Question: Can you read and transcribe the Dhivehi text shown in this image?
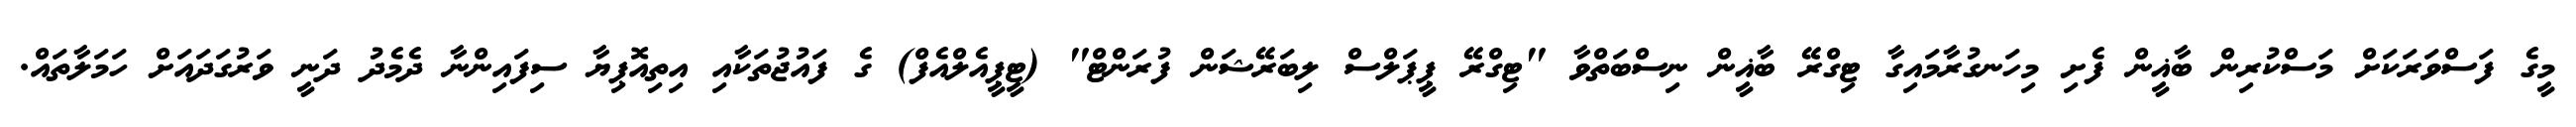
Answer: މީގެ ފަސްވަރަކަށް މަސްކުރިން ބާޣީން ފެށި މިހަނގުރާމައިގާ ޓިގްރޭ ބާޣީން ނިސްބަތްވާ "ޓިގްރޭ ޕީޕަލްސް ލިބަރޭޝަން ފުރަންޓް" (ޓީޕީއެލްއެފް) ގެ ފައުޖުތަކާއި އިތިއޮޕިޔާ ސިފައިންނާ ދެމެދު ދަނީ ވަރުގަދައަށް ހަމަލާތައް.